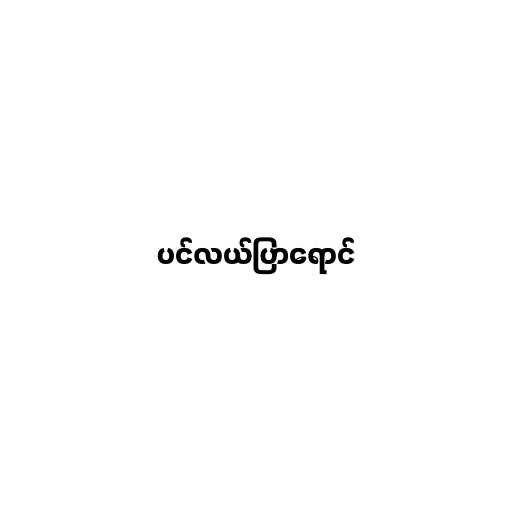
ပင်လယ်ပြာရောင်